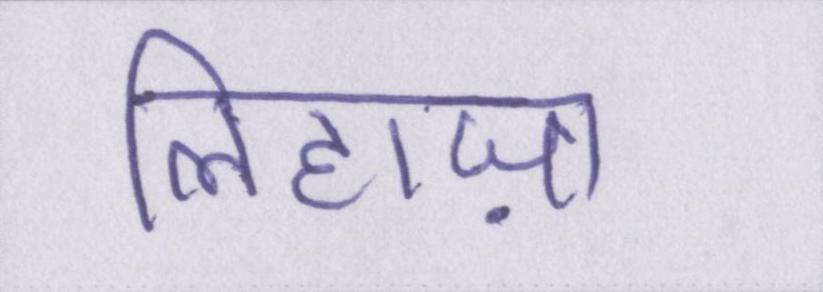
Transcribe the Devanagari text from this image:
लिहाज़ा